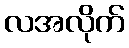
လအလိုက်